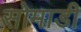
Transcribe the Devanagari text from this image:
सोमाडी